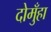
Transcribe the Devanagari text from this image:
दोमुँहा